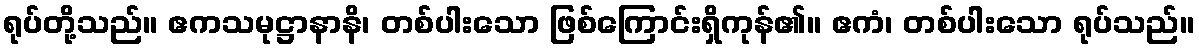
ရုပ်တို့သည်။ ဧကသမုဋ္ဌာနာနိ၊ တစ်ပါးသော ဖြစ်ကြောင်းရှိကုန်၏။ ဧကံ၊ တစ်ပါးသော ရုပ်သည်။